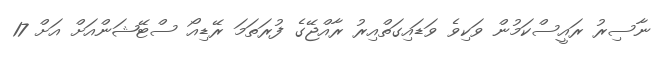
ނާސިރު ރައީސްކަމުން ވަކިވެ ވަޑައިގަތްއިރު ރާއްޖޭގެ ފުރަތަމަ ރޭޑިއޯ ސްޓޭޝަންއަށް އަށް 17